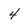
Character: 4